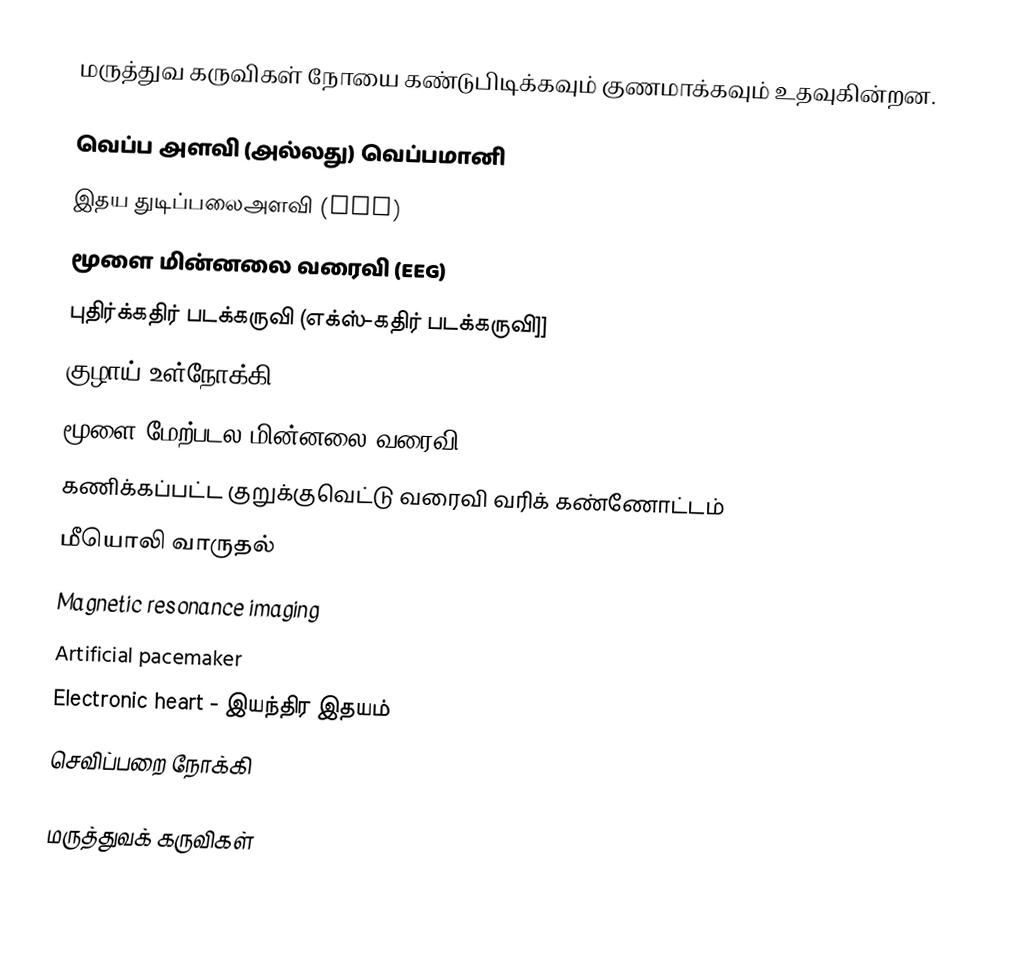
மருத்துவ கருவிகள் நோயை கண்டுபிடிக்கவும் குணமாக்கவும் உதவுகின்றன.

 வெப்ப அளவி (அல்லது) வெப்பமானி
 இதய துடிப்பலைஅளவி (ECG)
 மூளை மின்னலை வரைவி (EEG)
 புதிர்க்கதிர் படக்கருவி (எக்ஸ்-கதிர் படக்கருவி]]
 குழாய் உள்நோக்கி (Endoscopy)
மூளை மேற்படல மின்னலை வரைவி (ECoG)
 கணிக்கப்பட்ட குறுக்குவெட்டு வரைவி வரிக் கண்ணோட்டம்
 மீயொலி வாருதல்
 Magnetic resonance imaging
 Artificial pacemaker
 Electronic heart - இயந்திர இதயம்
 செவிப்பறை நோக்கி

மருத்துவக் கருவிகள்